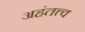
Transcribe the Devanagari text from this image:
अहंतत्त्व